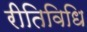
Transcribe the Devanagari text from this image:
रीतिविधि